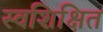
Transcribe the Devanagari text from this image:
स्वशिक्षित